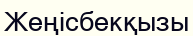
Жеңісбекқызы